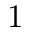
1